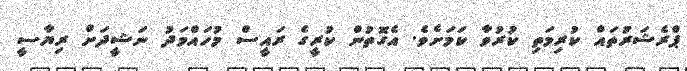
ޕްރެޝަރުަތައް ކުރިމަތި ކުރުވާާ ކަމަށެވެ. އެގޮތުން ކުރީގެ ރައީސް މުހައްމަދު ނަޝީދަށް ރިޔާސީ